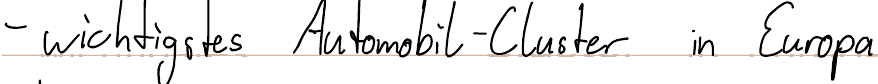
- wichtigstes Automobil-Cluster in Europa